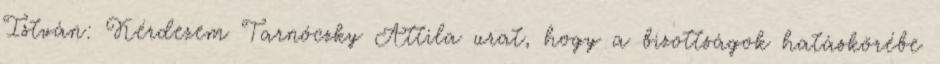
István: Kérdezem Tarnóczky Attila urat, hogy a bizottságok hatáskörébe